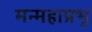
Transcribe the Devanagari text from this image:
मन्महाप्रभु